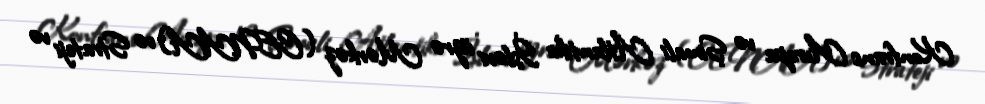
Konfrans Avropa və Şimali Atlantika İşləri üzrə Mərkəz (CENAA) və Strateji və